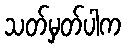
သတ်မှတ်ပါက